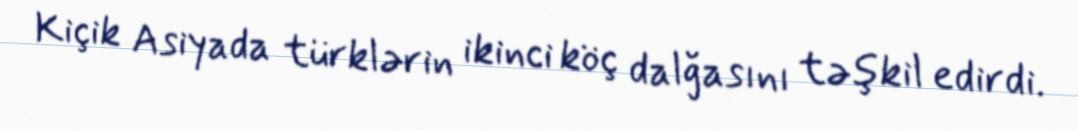
Kiçik Asiyada türklərin ikinci köç dalğasını təşkil edirdi.